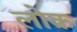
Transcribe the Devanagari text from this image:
लोक़